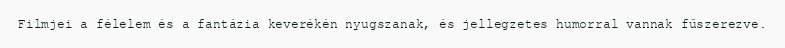
Filmjei a félelem és a fantázia keverékén nyugszanak, és jellegzetes humorral vannak fűszerezve.